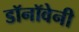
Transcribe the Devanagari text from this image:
डॉनॉवेनी